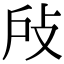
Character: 𢻻